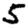
Digit: 5